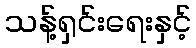
သန့်ရှင်းရေးနှင့်